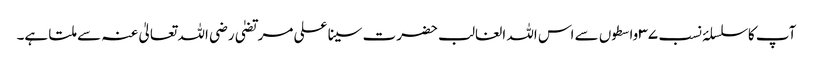
آپ کا سلسلۂ نسب ۳۷ واسطوں سے اس اللہ الغالب حضرت سینا علی مرتضیٰ رضی اللہ تعالیٰ عنہ سے ملتا ہے۔